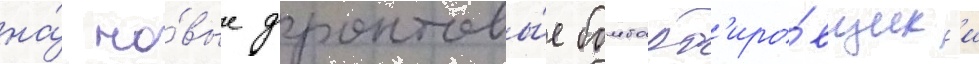
на́ но́вые фронтовы́е бомбард'иро́вщик'и